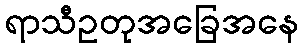
ရာသီဥတုအခြေအနေ